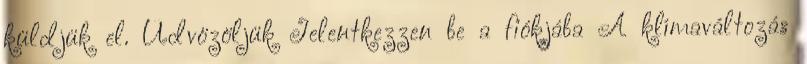
küldjük el. Üdvözöljük Jelentkezzen be a fiókjába A klímaváltozás